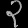
Digit: ၃